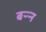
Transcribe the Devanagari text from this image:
बऱ्न